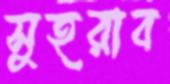
সুহরাব